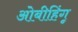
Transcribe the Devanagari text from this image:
ओबीहिंगू